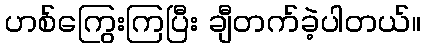
ဟစ်ကြွေးကြပြီး ချီတက်ခဲ့ပါတယ်။